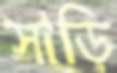
সাড়ি